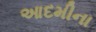
આદમીના